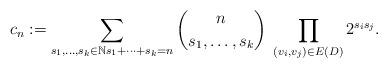
LaTeX: \begin{align*}c_n := \sum_{s_1,\dots,s_k \in {\mathbb N} s_1+\cdots+s_k = n} {n \choose s_1,\dots,s_k} \; \prod_{(v_i,v_j) \in E(D)} 2^{s_i s_j}.\end{align*}